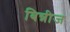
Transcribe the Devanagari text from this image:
बिन्नीज